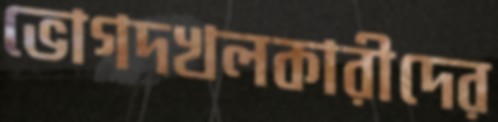
ভোগদখলকারীদের